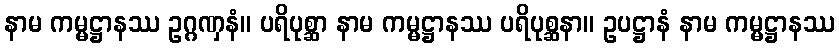
နာမ ကမ္မဋ္ဌာနဿ ဥဂ္ဂဏှနံ။ ပရိပုစ္ဆာ နာမ ကမ္မဋ္ဌာနဿ ပရိပုစ္ဆနာ။ ဥပဋ္ဌာနံ နာမ ကမ္မဋ္ဌာနဿ